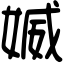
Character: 媙